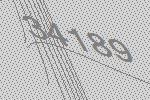
34189